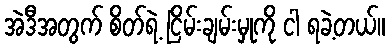
အဲဒီအတွက် စိတ်ရဲ့ ငြိမ်းချမ်းမှုကို ငါ ရခဲ့တယ်။